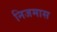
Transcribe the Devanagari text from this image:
निजमास